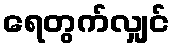
ရေတွက်လျှင်